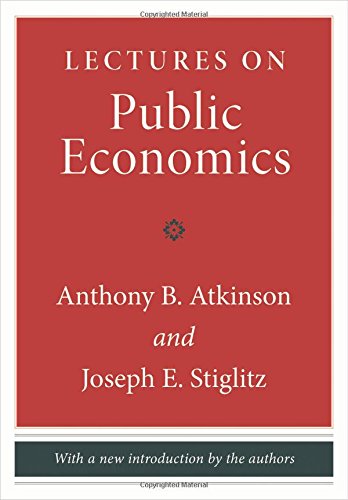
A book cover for Lectures on Public Economics; Anthony B. Atkinson; Business & Money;